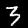
Label: 3